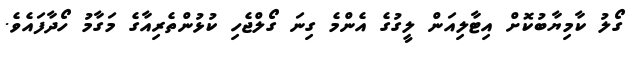
ގޯލު ކާމިޔާބުކޮށް އިޓާލިއަން ލީގުގެ އެންމެ ގިނަ ގޯލްޖެހި ކުޅުންތެރިއާގެ މަގާމު ހޯދާފައެވެ.